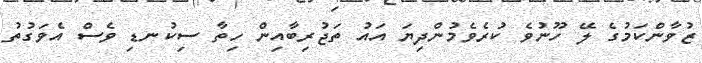
ޒުވާންކަމުގެ ލޭ ހޫނުވެ ކުރެވެމުންދިޔަ އައު ތަޖުރިބާއިން ހިތާ ސިކުނޑި ވެސް އެވަގުތު